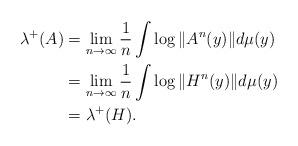
LaTeX: \begin{align*}\begin{aligned}\lambda\sp+(A)&=\lim_{n\to\infty}\frac{1}{n}\int\log\|A\sp n(y)\|d\mu(y)\\&=\lim_{n\to\infty}\frac{1}{n}\int\log\|H\sp n(y)\|d\mu(y)\\&=\lambda\sp+(H).\end{aligned}\end{align*}